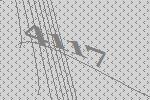
4117